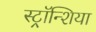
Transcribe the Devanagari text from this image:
स्ट्रॉन्शिया